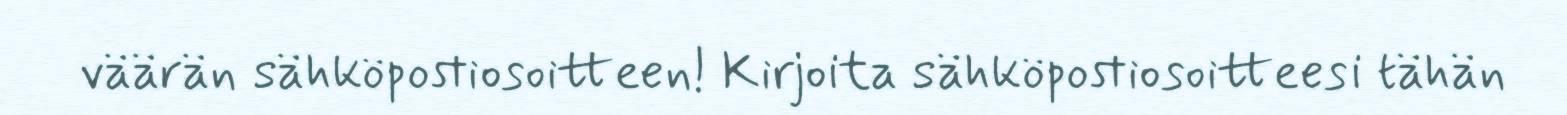
väärän sähköpostiosoitteen! Kirjoita sähköpostiosoitteesi tähän